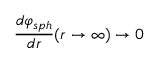
\frac { d \varphi _ { s p h } } { d r } ( r \rightarrow \infty ) \rightarrow 0